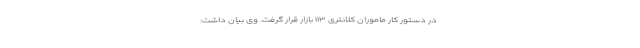
‌ در دستور کار ماموران کلانتری ۱۱۳ بازار قرار گرفت. وی بیان داشت: